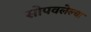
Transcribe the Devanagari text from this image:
सोपवलेल्या